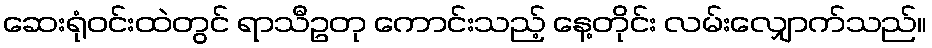
ဆေးရုံဝင်းထဲတွင် ရာသီဥတု ကောင်းသည့် နေ့တိုင်း လမ်းလျှောက်သည်။